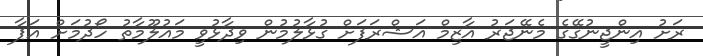
ރަށު އިންޖީނުގޭގެ މެނޭޖަރު އާޒިމް އަޝްރަފަށް ގުޅާލުމުން ވިދާޅުވީ މައުލޫމާތު ހޯދުމަށް އަޕާ